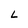
Character: L